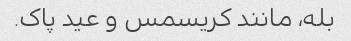
بله، مانند کریسمس و عید پاک.